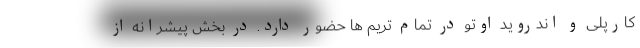
کارپلی و اندروید اوتو در تمام تریم ها حضور دارد. در بخش پیشرانه از